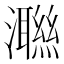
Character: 𭳝